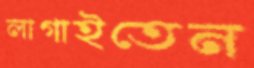
লাগাইতেন